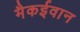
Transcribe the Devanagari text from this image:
मैकईवान